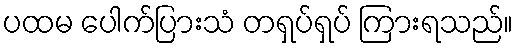
ပထမ ပေါက်ပြားသံ တရှပ်ရှပ် ကြားရသည်။